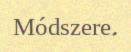
Módszere.